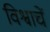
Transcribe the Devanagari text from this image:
विश्वाचें